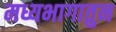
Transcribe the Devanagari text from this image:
मध्यभागातुन